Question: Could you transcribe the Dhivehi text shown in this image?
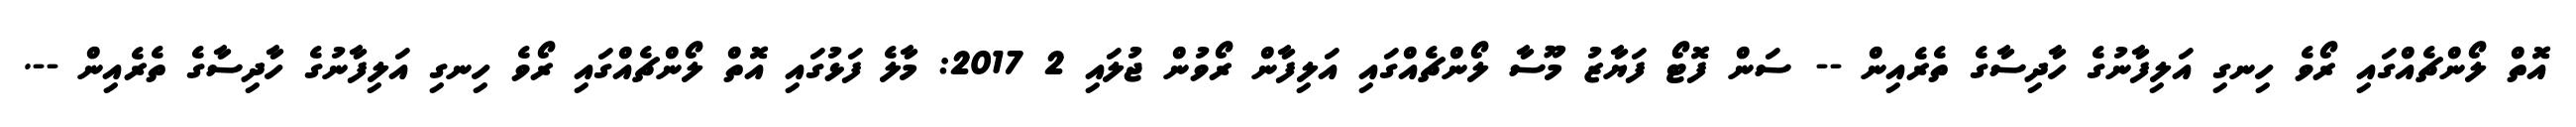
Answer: އޮތް ލޯންޗެއްގައި ރޯވެ ހިނގި އަލިފާނުގެ ހާދިސާގެ ތެރެއިން -- ސަން ފޮޓޯ ފަޔާޒު މޫސާ ލޯންޗެއްގައި އަލިފާން ރޯވުން ޖުލައި 2 2017: މާލެ ފަޅުގައި އޮތް ލޯންޗެއްގައި ރޯވެ ހިނގި އަލިފާނުގެ ހާދިސާގެ ތެރެއިން --.